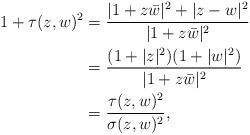
LaTeX: \begin{align*}1+\tau(z,w)^2&=\frac{|1+z\bar w|^2+|z-w|^2}{|1+z\bar w|^2} \\&=\frac{(1+|z|^2)(1+|w|^2)}{|1+z\bar w|^2} \\&=\frac{\tau(z,w)^2}{\sigma(z,w)^2},\end{align*}